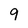
Character: 9